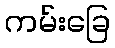
ကမ်းခြေ